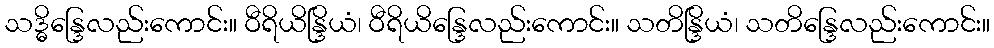
သဒ္ဓိန္ဒြေလည်းကောင်း။ ဝီရိယိန္ဒြိယံ၊ ဝီရိယိန္ဒြေလည်းကောင်း။ သတိန္ဒြိယံ၊ သတိန္ဒြေလည်းကောင်း။